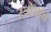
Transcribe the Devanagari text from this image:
स्त्रोतांचे